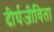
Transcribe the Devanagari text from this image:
दीर्घजीविता